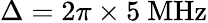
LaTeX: \Delta=2\pi\times 5~\mathrm{{MHz}}